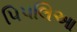
પિપલિઆ